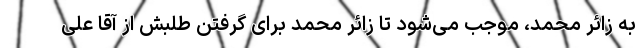
به زائر محمد، موجب می‌شود تا زائر محمد برای گرفتن طلبش از آقا علی